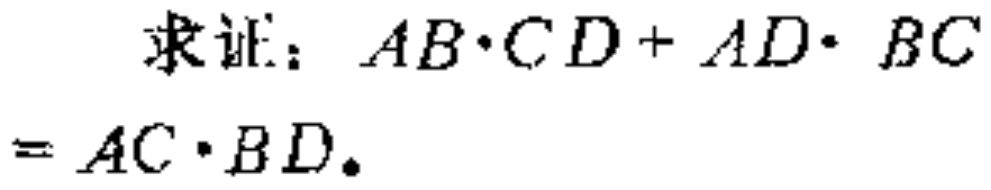
求证：\(AB\cdot CD + AD\cdot BC=AC\cdot BD\)。